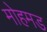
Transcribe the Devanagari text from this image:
मोहमड